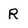
Character: R